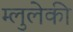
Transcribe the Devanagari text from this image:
म्लुलेकी